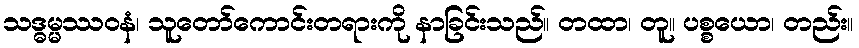
သဒ္ဓမ္မဿဝနံ၊ သူတော်ကောင်းတရားကို နာခြင်းသည်။ တထာ၊ တူ။ ပစ္စယော၊ တည်း။